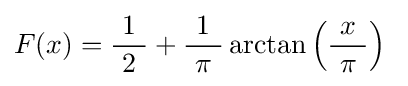
F(x)={\frac {\ 1\ }{2}}+{\frac {1}{\ \pi \ }}\arctan \left({\frac {x}{\ \pi \ }}\right)~